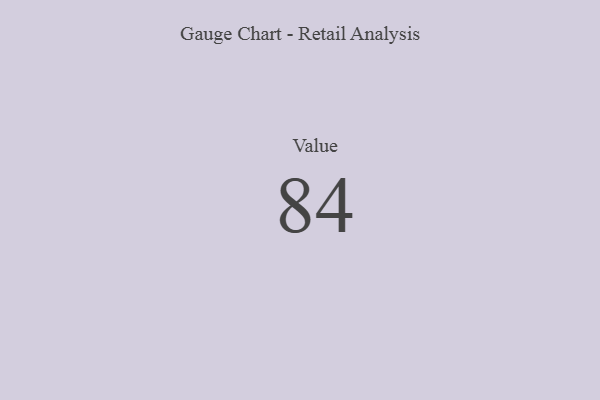
{"axis": {"x": "Metric", "y": "Value"}, "legend": [""], "data": [{"x": "Value", "y": 84, "type": ""}]}